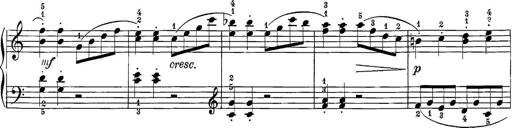
Title: 12 Sonatine per Pianoforte
Composer: Friedrich Kuhlau